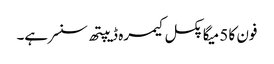
فون کا 5 میگا پکسل کیمرہ ڈیپتھ سنسر ہے۔